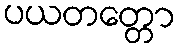
ပယတတ္တော